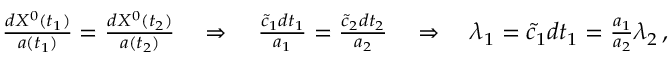
\begin{array} { r } { \frac { d X ^ { 0 } ( t _ { 1 } ) } { a ( t _ { 1 } ) } = \frac { d X ^ { 0 } ( t _ { 2 } ) } { a ( t _ { 2 } ) } \quad \Rightarrow \quad \frac { \tilde { c } _ { 1 } d t _ { 1 } } { a _ { 1 } } = \frac { \tilde { c } _ { 2 } d t _ { 2 } } { a _ { 2 } } \quad \Rightarrow \quad \lambda _ { 1 } = \tilde { c } _ { 1 } d t _ { 1 } = \frac { a _ { 1 } } { a _ { 2 } } \lambda _ { 2 } \, , } \end{array}